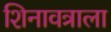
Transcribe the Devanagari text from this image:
शिनावत्राला